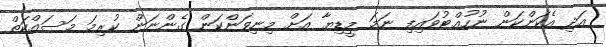
އަދި އެކަންކަން ނުހުއްޓުވައިފި ނަމަ މީޑިޔާ އަށް މިނިވަންކަން ގެންނަން ކުރިމަ މަސައްކަތް